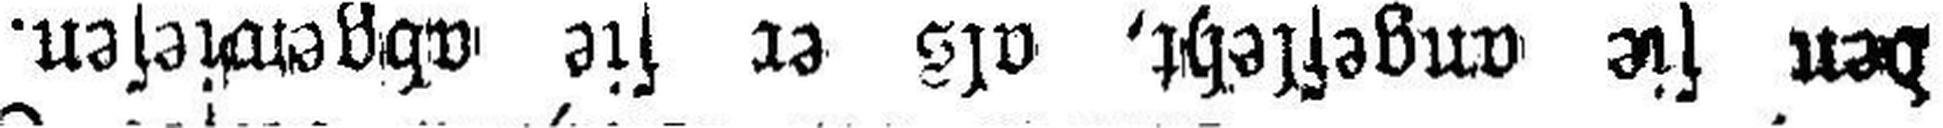
den sie angefleht, als er sie abgewiesen.